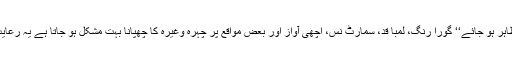
’’بجز اُس کے جو خود ظاہر ہو جائے‘‘ گورا رنگ، لمبا قد، سمارٹ نس، اچھی آواز اور بعض مواقع پر چہرہ وغیرہ کا چھپانا بہت مشکل ہو جاتا ہے یہ رعایت اسی لیے دی گئی ہے۔